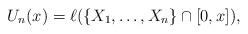
LaTeX: \begin{align*}U_n(x) = \ell(\{X_1,\dots,X_n\} \cap [0,x]),\end{align*}